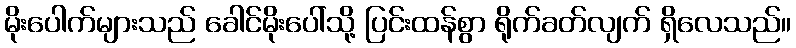
မိုးပေါက်များသည် ခေါင်မိုးပေါ်သို့ ပြင်းထန်စွာ ရိုက်ခတ်လျက် ရှိလေသည်။